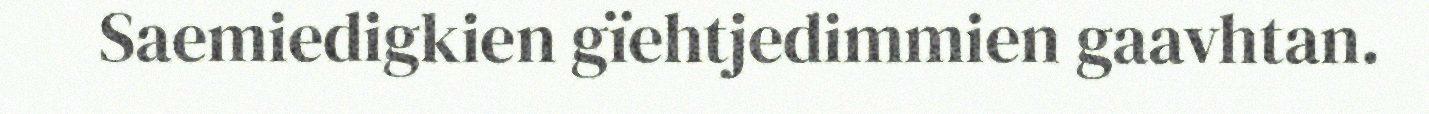
Saemiedigkien gïehtjedimmien gaavhtan.